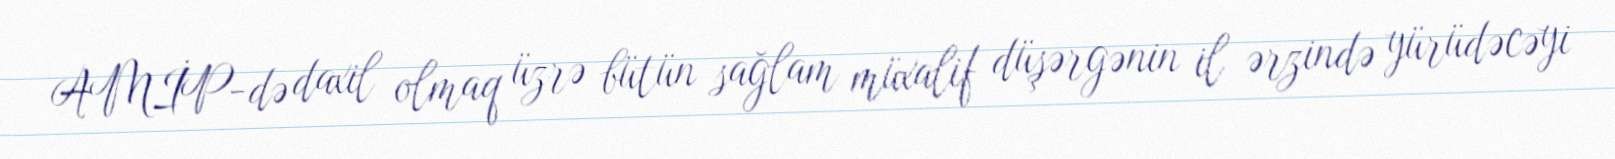
AMİP-də daxil olmaq üzrə bütün sağlam müxalif düşərgənin il ərzində yürüdəcəyi